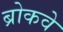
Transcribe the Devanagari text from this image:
ब्रोकवे